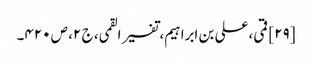
[۲۹] قمی، علی بن ابراہیم، تفسیر القمی، ج ۲، ص ۴۲۰۔